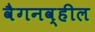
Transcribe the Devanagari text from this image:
वैगनव्हील